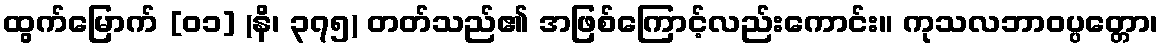
ထွက်မြောက် [၀၁] (နိ၊ ၃၇၅) တတ်သည်၏ အဖြစ်ကြောင့်လည်းကောင်း။ ကုသလဘာဝပ္ပတ္တော၊